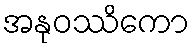
အနုဝဿိကော